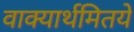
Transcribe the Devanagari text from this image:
वाक्यार्थमितये